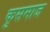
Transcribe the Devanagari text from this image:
कुसमाज